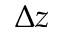
\Delta z